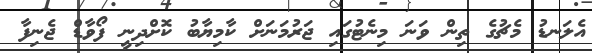
އެލަނޑު މެޗުގެ ތިން ވަނަ މިނެޓުގައި ޖަރުމަނަށް ކާމިޔާބު ކޮށްދިނީ ފޯވާޑް ޖެނިފާ